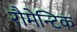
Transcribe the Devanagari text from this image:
रौमेन्टिक